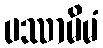
ပဿာမိမံ